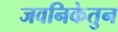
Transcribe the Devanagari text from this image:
जवनिकेतुन